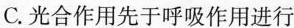
C. 光合作用先于呼吸作用进行